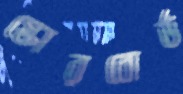
স্কোরবোর্ড